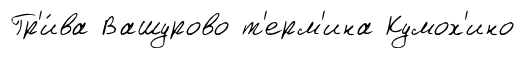
Гр'и́ва Вашурово т'ерм'ина Кумох'ино